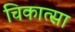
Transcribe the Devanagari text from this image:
चिकात्सा